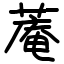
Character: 蓭